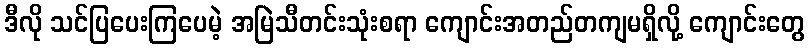
ဒီလို သင်ပြပေးကြပေမဲ့ အမြဲသီတင်းသုံးစရာ ကျောင်းအတည်တကျမရှိလို့ ကျောင်းတွေ